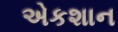
એકશાન